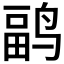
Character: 𱊏